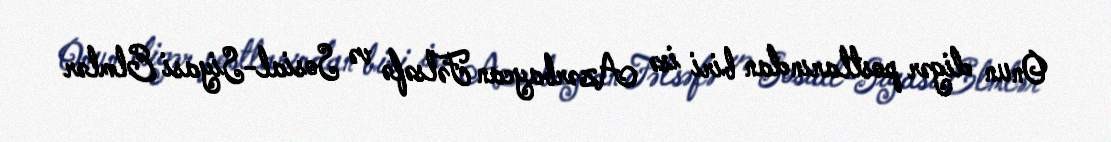
Onun digər postlarından biri isə Azərbaycan Fəlsəfə və Sosial-Siyasi Elmlər